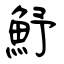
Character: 魣